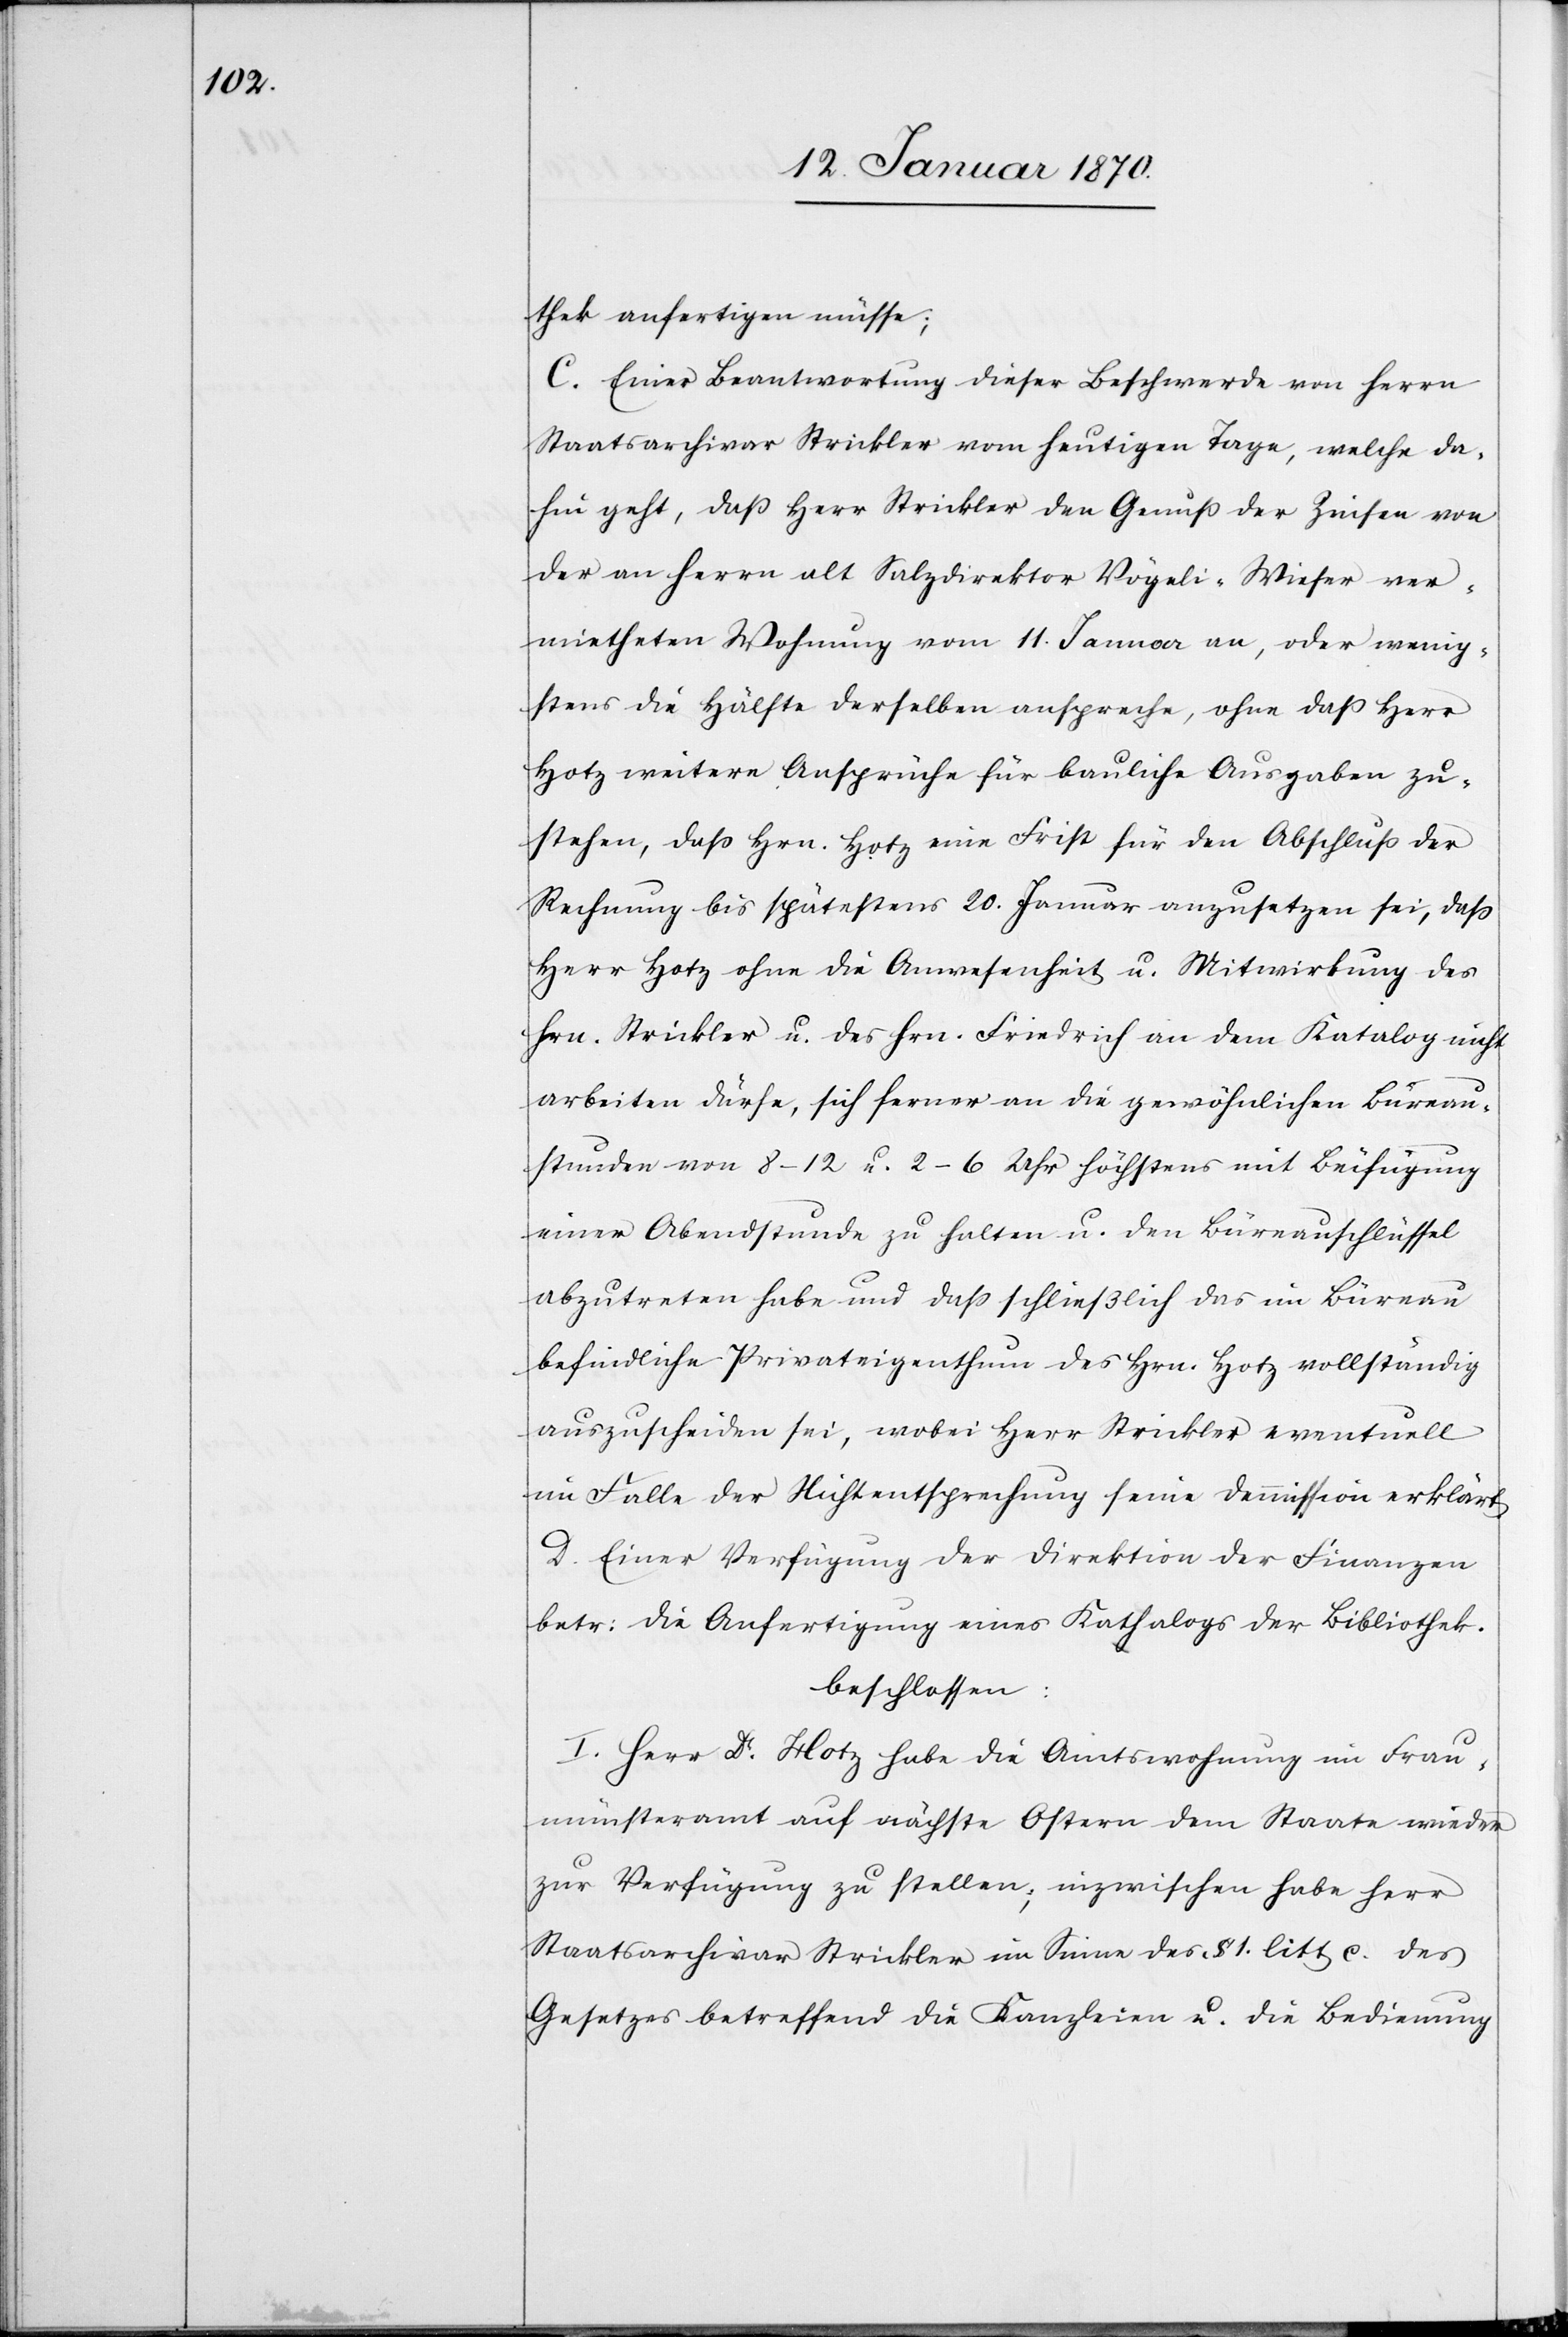
thek anfertigen müsse.
C. Einer Beantwortung dieser Beschwerde von Herrn
Staatsarchivar Strickler vom heutigen Tage, welche da¬
hin geht, daß Herr Strickler den Genuß der Zinsen von
der an Herrn alt Salzdirektor Vögeli-Wieser ver¬
mietheten Wohnung vom 11. Januar an, oder wenig¬
stens die Hälfte derselben anspreche, ohne daß Herr
Hotz weitere Ansprüche für bauliche Ausgaben zu¬
stehen, daß Hrn. Hotz eine Frist für den Abschluß der
Rechnung bis spätestens 20. Januar anzusetzen sei, daß
Herr Hotz ohne die Anwesenheit u. Mitwirkung des
Hrn. Strickler u. des Hrn. Friedrich an dem Katalog nicht
arbeiten dürfe, sich ferner an die gewöhnlichen Büreau¬
stunden von 8–12 u. 2–6 Uhr höchstens mit Beifügung
einer Abendstunde zu halten u. den Büreauschlüssel
abzutreten habe und daß schließlich das im Büreau
befindliche Privateigenthum das Hrn. Hotz vollständig
auszuscheiden sei, wobei Herr Strickler eventuell
im Falle der Nichtentsprechung seine Demmission erklärt.
D. Einer Verfügung der Direktion der Finanzen
betr: die Anfertigung eines Kathalogs der Bibliothek.
beschlossen:
I. Herr Dr. Hotz habe die Amtswohnung im Frau¬
münsteramt auf nächste Ostern dem Staate wieder
zur Verfügung zu stellen; inzwischen habe Herr
Staatsarchivar Strickler im Sinne des § 1 litt. c. des
Gesetzes betreffend die Kanzleien u. die Bedienung